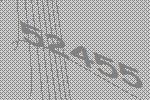
52455